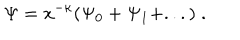
\Psi = x ^ { - \kappa } ( \Psi _ { 0 } + \Psi _ { 1 } + . . . ) \; .